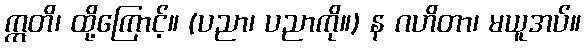
ဣတိ၊ ထို့ကြောင့်။ (ပညာ၊ ပညာကို။) န ဂဟိတာ၊ မယူအပ်။